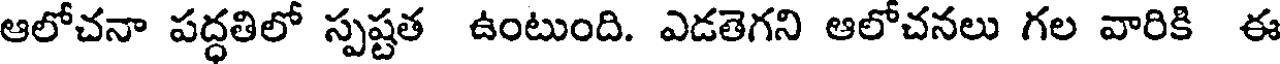
ఆలోచనా పద్ధతిలో స్పష్టత ఉంటుంది. ఎడతెగని ఆలోచనలు గల వారికి ఈ